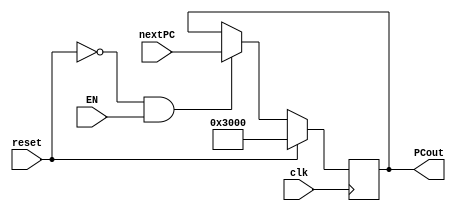
`timescale 1ns / 1ps
//////////////////////////////////////////////////////////////////////////////////
// Company: 
// Engineer: 
// 
// Design Name: 
// Module Name:    PC 
// Project Name: 
// Target Devices: 
// Tool versions: 
// Description: 
//
// Dependencies: 
//
// Revision: 
// Revision 0.01 - File Created
// Additional Comments: 
//
//////////////////////////////////////////////////////////////////////////////////
module PC(
    input [31:0] nextPC,
	 input clk,
    input reset,
    input EN,   // connect to "stall"
    output [31:0] PCout
    );
	 reg [31:0] PC;
	 assign PCout = PC;
	 initial begin
		PC = 32'h00003000;
	 end
	 always @(posedge clk) begin
		if(reset) 
			PC = 32'h00003000; // clear 
		else if(reset == 0 && EN == 1) 
			PC<= nextPC;  // move to NPC
		else if(reset == 0 && EN == 0)
			PC <= PC;     // remain frozen 
	 end

endmodule